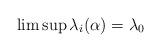
LaTeX: \begin{align*}\limsup\lambda_i(\alpha)=\lambda_0\end{align*}